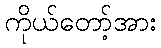
ကိုယ်တော့်အား